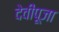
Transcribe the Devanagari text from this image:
देवीपूजा